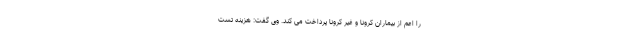
را اعم از بیماران کرونا و غیر کرونا پرداخت می کند. وی گفت: هزینه تست